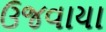
ઉજવાયા